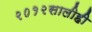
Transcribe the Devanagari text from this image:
२०१२सालीही